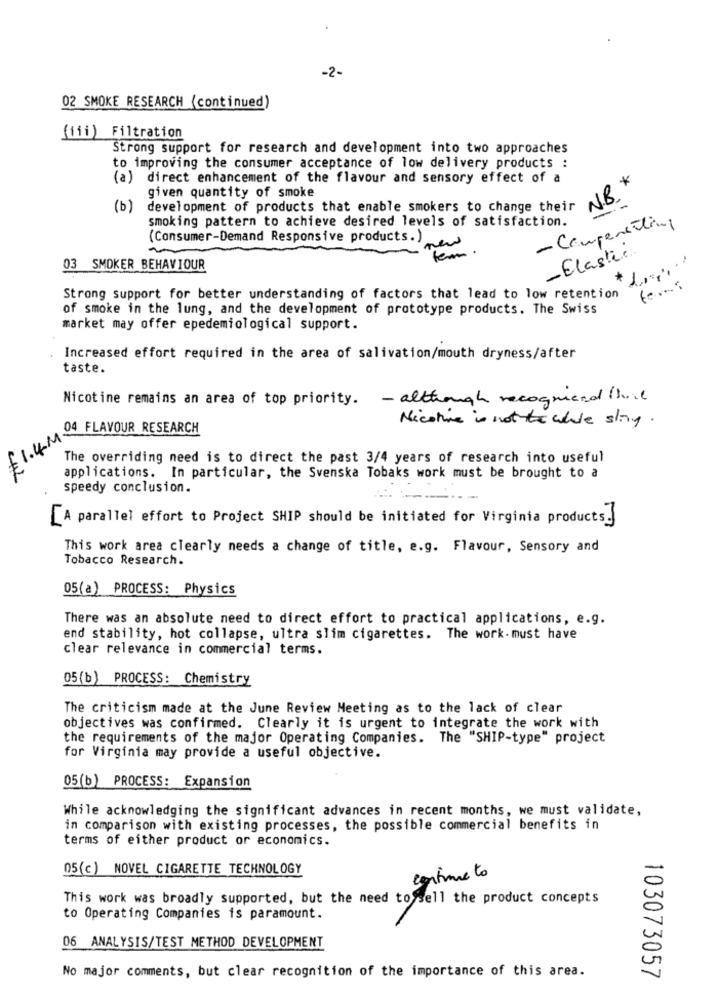
-2-
02 SMOKE RESEARCH (continued)
(iii) Filtration
Strong support for research and development into two approaches
to improving the consumer acceptance of low delivery products :
(a) direct enhancement of the flavour and sensory effect of a
given quantity of smoke
NB *
(b)
development of products that enable smokers to change their
smoking pattern to achieve desired levels of satisfaction.
- Compensating
(Consumer-Demand Responsive products.)
new
tem .
-Elastic
03 SMOKER BEHAVIOUR
Strong support for better understanding of factors that lead to low retention
of smoke in the lung, and the development of prototype products. The Swiss
market may offer epedemiological support.
Increased effort required in the area of salivation/mouth dryness/after
taste.
Nicotine remains an area of top priority. - although recognend (hvil
Nicotine is not while shiny.
04 FLAVOUR RESEARCH
£ 1.4. M.
The overriding need is to direct the past 3/4 years of research into useful
applications. In particular, the Svenska Tobaks work must be brought to a
speedy conclusion.
[A parallel effort to Project SHIP should be initiated for Virginia products.
This work area clearly needs a change of title, e.g. Flavour, Sensory and
Tobacco Research.
05(a) PROCESS: Physics
There was an absolute need to direct effort to practical applications, e.g.
end stability, hot collapse, ultra slim cigarettes. The work- must have
clear relevance in commercial terms.
05(b) PROCESS: Chemistry
The criticism made at the June Review Meeting as to the lack of clear
objectives was confirmed. Clearly it is urgent to integrate the work with
the requirements of the major Operating Companies. The "SHIP-type" project
for Virginia may provide a useful objective.
05(b) PROCESS: Expansion
While acknowledging the significant advances in recent months, we must validate,
in comparison with existing processes, the possible commercial benefits in
terms of either product or economics.
05(c) NOVEL CIGARETTE TECHNOLOGY
continue to
This work was broadly supported, but the need to sell the product concepts
to Operating Companies is paramount.
06 ANALYSIS/TEST METHOD DEVELOPMENT
No major comments, but clear recognition of the importance of this area.
103073057